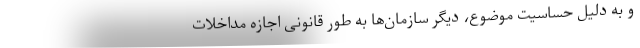
و به دلیل حساسیت موضوع، دیگر سازمان‌ها به طور قانونی اجازه مداخلات